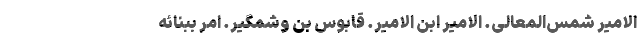
الامیر شمس‌المَعالی. الامیر ابن الامیر. قابوس بن وُشمگیر. امر ببنائه